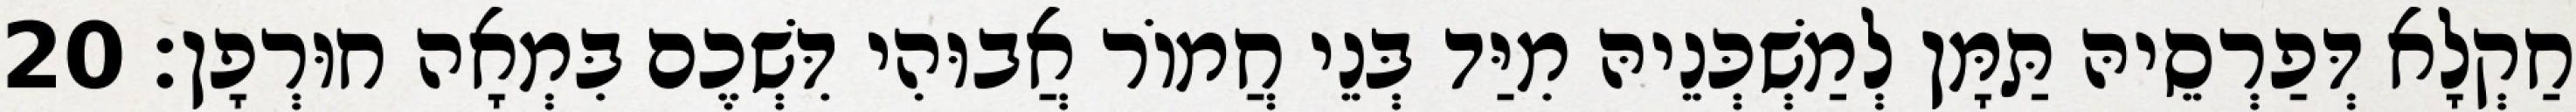
חַקְלָא דְּפַרְסֵיהּ תַּמָּן לְמַשְׁכְּנֵיהּ מִיַּד בְּנֵי חֲמוֹר אֲבוּהִי דִּשְׁכֶם בִּמְאָה חוּרְפָן׃ 20